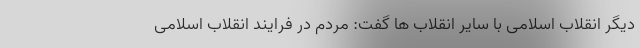
دیگر انقلاب اسلامی با سایر انقلاب ها گفت: مردم در فرایند انقلاب اسلامی